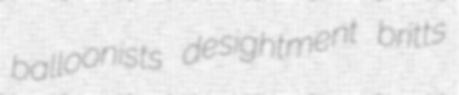
balloonists desightment britts